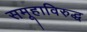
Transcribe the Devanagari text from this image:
समूहाविरुद्ध